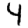
Digit: 4